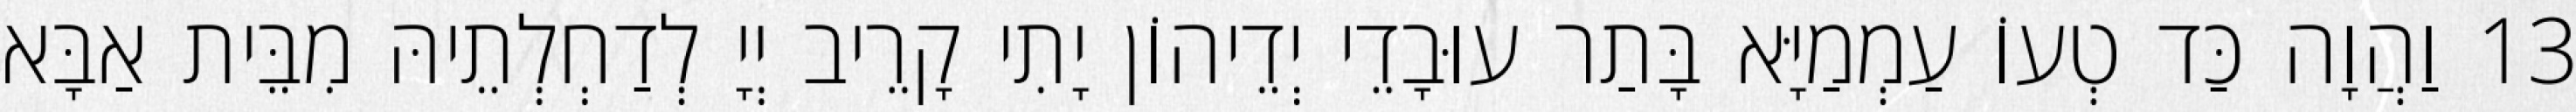
13 וַהֲוָה כַּד טְעוֹ עַמְמַיָּא בָּתַר עוּבָדֵי יְדֵיהוֹן יָתִי קָרֵיב יְיָ לְדַחְלְתֵיהּ מִבֵּית אַבָּא